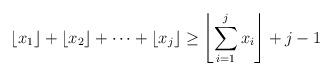
LaTeX: \begin{align*}\left\lfloor x_1\right\rfloor + \left\lfloor x_2\right\rfloor + \dots + \left\lfloor x_j\right\rfloor \geq \left\lfloor\sum_{i=1}^j x_i \right\rfloor +j-1 \end{align*}